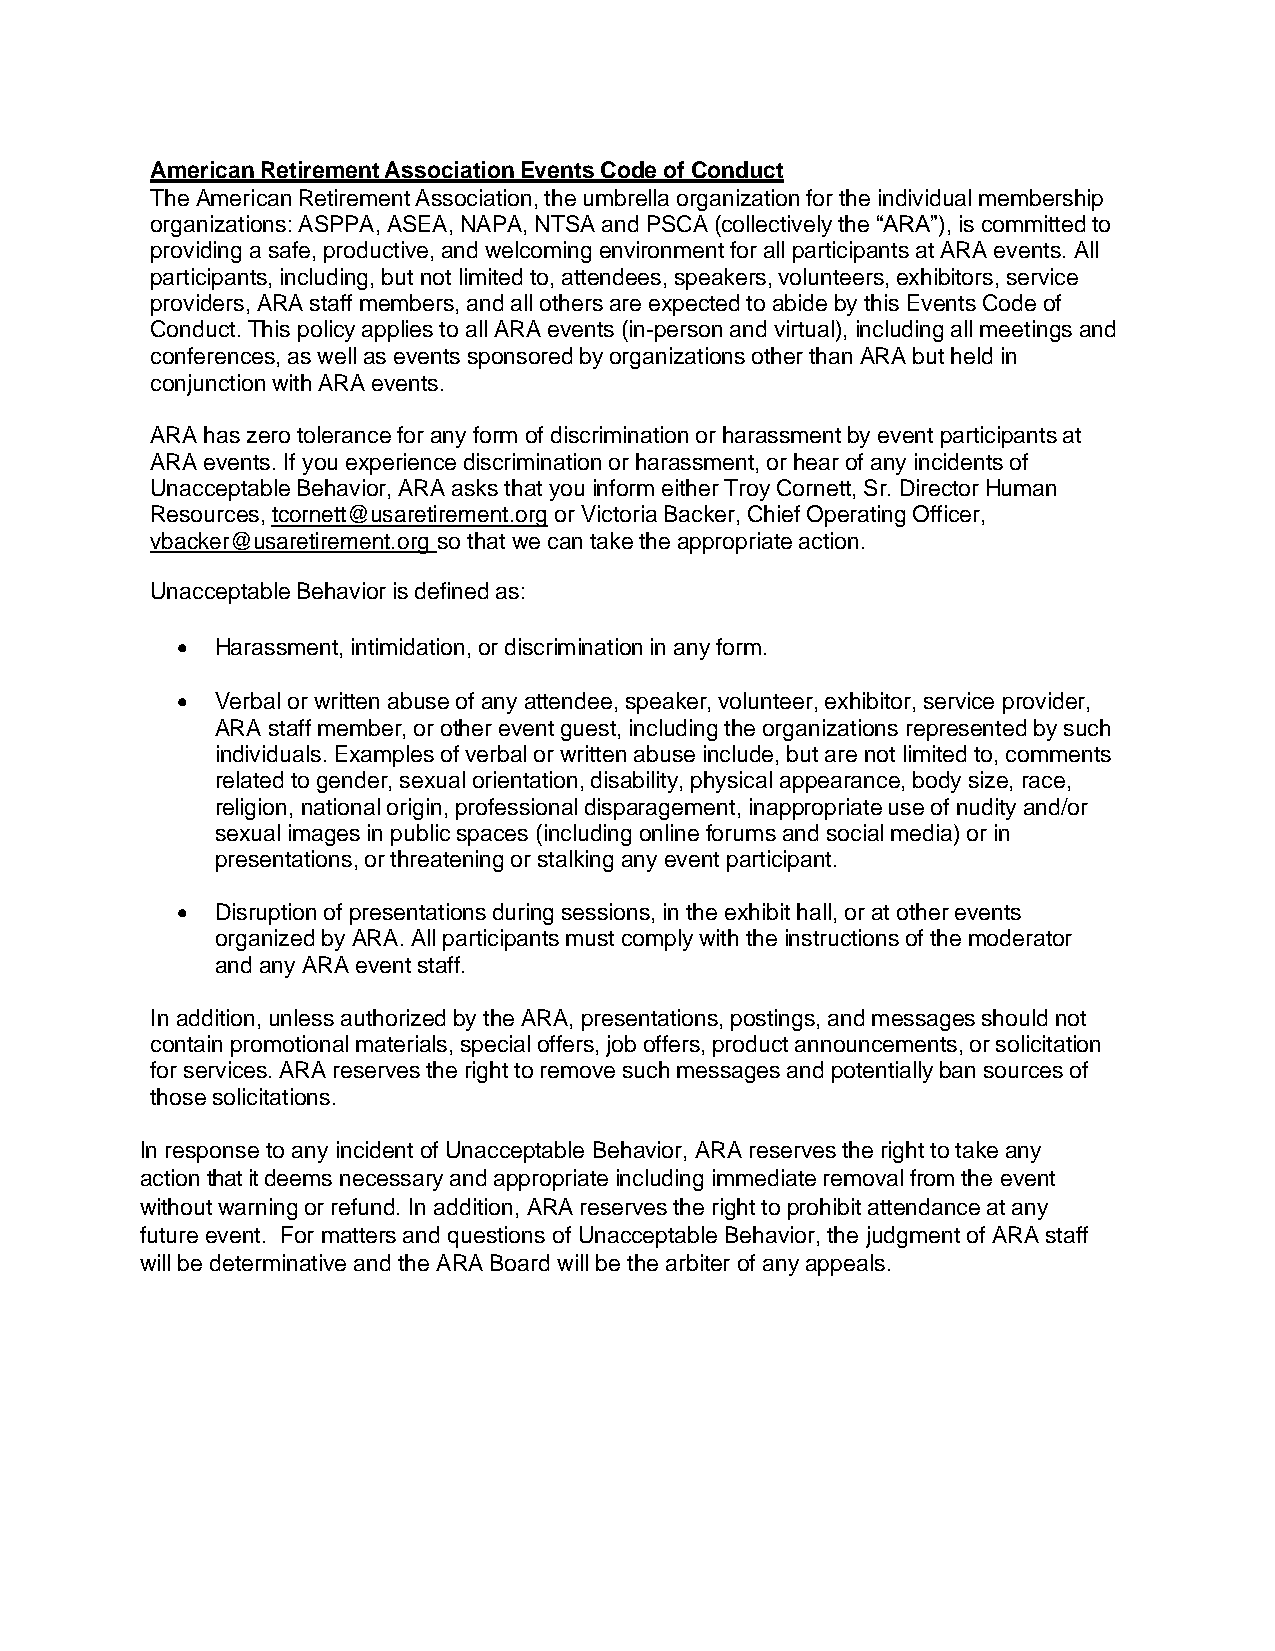
American Retirement Association Events Code of Conduct
 The American Retirement Association, the umbrella organization for the individual membership
 organizations: ASPPA, ASEA, NAPA, NTSA and PSCA (collectively the “ARA”), is committed to
 providing a safe, productive, and welcoming environment for all participants at ARA events. All
 participants, including, but not limited to, attendees, speakers, volunteers, exhibitors, service
 providers, ARA staff members, and all others are expected to abide by this Events Code of
 Conduct. This policy applies to all ARA events (in-person and virtual), including all meetings and
 conferences, as well as events sponsored by organizations other than ARA but held in
 conjunction with ARA events.
 ARA has zero tolerance for any form of discrimination or harassment by event participants at
 ARA events. If you experience discrimination or harassment, or hear of any incidents of
 Unacceptable Behavior, ARA asks that you inform either Troy Cornett, Sr. Director Human
 Resources, tcornett@usaretirement.org or Victoria Backer, Chief Operating Officer,
 vbacker@usaretirement.org so that we can take the appropriate action.
 Unacceptable Behavior is defined as:
 • Harassment, intimidation, or discrimination in any form.
 • Verbal or written abuse of any attendee, speaker, volunteer, exhibitor, service provider,
 ARA staff member, or other event guest, including the organizations represented by such
 individuals. Examples of verbal or written abuse include, but are not limited to, comments
 related to gender, sexual orientation, disability, physical appearance, body size, race,
 religion, national origin, professional disparagement, inappropriate use of nudity and/or
 sexual images in public spaces (including online forums and social media) or in
 presentations, or threatening or stalking any event participant.
 • Disruption of presentations during sessions, in the exhibit hall, or at other events
 organized by ARA. All participants must comply with the instructions of the moderator
 and any ARA event staff.
 In addition, unless authorized by the ARA, presentations, postings, and messages should not
 contain promotional materials, special offers, job offers, product announcements, or solicitation
 for services. ARA reserves the right to remove such messages and potentially ban sources of
 those solicitations.
 In response to any incident of Unacceptable Behavior, ARA reserves the right to take any
 action that it deems necessary and appropriate including immediate removal from the event
 without warning or refund. In addition, ARA reserves the right to prohibit attendance at any
 future event. For matters and questions of Unacceptable Behavior, the judgment of ARA staff
 will be determinative and the ARA Board will be the arbiter of any appeals.